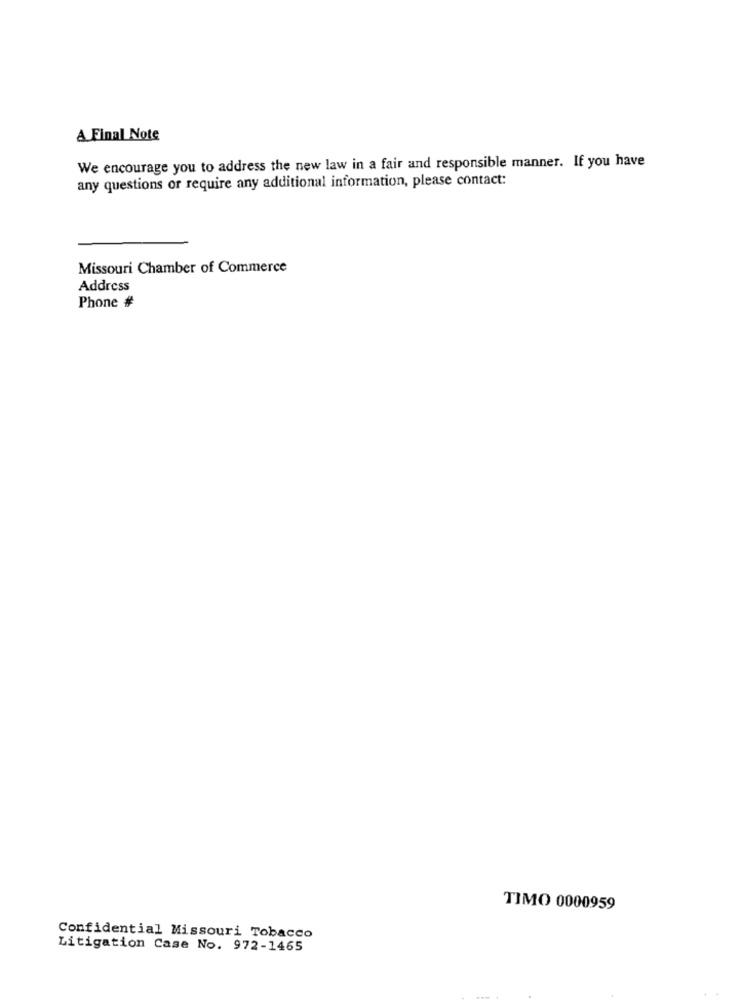
A Final Note
We encourage you to address the new law in a fair and responsible manner. If you have
any questions or require any additional information, please contact:
Missouri Chamber of Commerce
Address
Phone #
TIMO 0000959
Confidential Missouri Tobacco
Litigation Case No. 972-1465